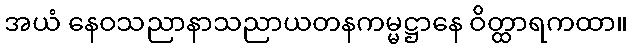
အယံ နေဝသညာနာသညာယတနကမ္မဋ္ဌာနေ ဝိတ္ထာရကထာ။